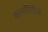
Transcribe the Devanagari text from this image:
कामगिरीचं